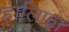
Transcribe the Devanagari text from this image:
हालिफ़ा